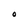
Character: O